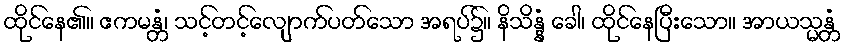
ထိုင်နေ၏။ ဧကမန္တံ၊ သင့်တင့်လျောက်ပတ်သော အရပ်၌။ နိသိန္နံ ခေါ၊ ထိုင်နေပြီးသော။ အာယသ္မန္တံ